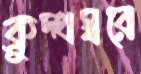
ক্রুদ্ধস্বরে